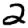
Digit: 2